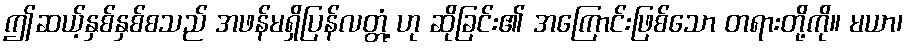
ဤဆယ့်နှစ်နှစ်စသည် အဖန်မရှိပြန်လတ္တံ့ ဟု ဆိုခြင်း၏ အကြောင်းဖြစ်သော တရားတို့ကို။ မယာ၊